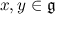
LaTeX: x , y \in { \mathfrak { g } }